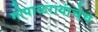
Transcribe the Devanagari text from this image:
गोपाळरावांचेच